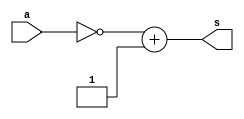
// ------------------------- 
// Exemplo0018 
// Nome: Oswaldo Oliveira Paulino
// ------------------------- 
// ------------------------- 
// test number system 
// ------------------------- 

module Q03a (output [5:0]s, input [5:0]a);
	assign s = ~a + 1;
endmodule

module Q03b (output [3:0]s, input [4:0]a);
	assign s = ~a + 1;
endmodule

module Q03c (output [2:0]s, input [4:0]a);
	assign s = ~a + 1;
endmodule

module Q03d (output [4:0]s, input [5:0]a);
	assign s = ~a + 1;
endmodule
	
module Q03e (output [3:0]s, input [4:0]a, input [5:0]b);
	assign s = ~(a - b) + 1;
endmodule

module test_base_01; 
// ------------------------- definir dados 
	reg [5:0] a;
	reg [4:0] b;
	reg [4:0] c;
	reg [5:0] d;
	reg [4:0] e; 
	reg [5:0] f;    
		
	wire [5:0] sA;
	wire [3:0] sB;
	wire [2:0] sC;
	wire [4:0] sD;
	wire [3:0] sE;  
	
	Q03a letraA(sA, a); 
	Q03b letraB(sB, b);
	Q03c letraC(sC, c);
	Q03d letraD(sD, d);
	Q03e letraE(sE, e, f);
	
initial begin: start
	a = 6'b100110; 
	b = 'o24;
	c = 25;
	d = 'h2D;
	e = 27;
	f = 37;
end	
	
// ------------------------- parte principal 
initial begin
	$display("Exemplo0018 - Oswaldo Oliveira Paulino - 382175"); 
	$display("Test number system"); 
	 
	#1 
	$display("\nLetra A)");
	$display("%b = %b", a, sA);
	
	#1
	$display("\nLetra B)");
	$display("%o = %b", b, sB);
			
	#1				
	$display("\nLetra C)");
	$display("%d = %b", c, sC);
	
	#1
	$display("\nLetra D)");
	$display("%h = %b", d, sD);
	
	#1				
	$display("\nLetra E)");
	$display("%d - %d = %b", e, f, sE);	

end 
endmodule // test_base 

// ------------------------ documentacao complementar
/*
    Exemplo0018 - Oswaldo Oliveira Paulino - 382175
    Test number system
    
    Letra A)
    100110 = 011010
    
    Letra B)
    24 = 1100
    
    Letra C)
    25 = 111
    
    Letra D)
    2d = 10011
    
    Letra E)
    27 - 37 = 1010
*/